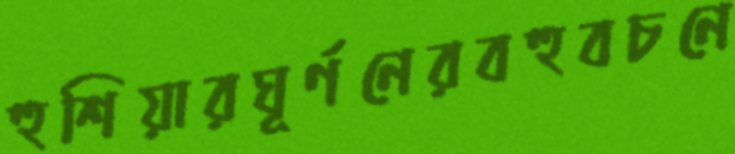
হুশিয়ারঘূর্ণনেরবহুবচনে